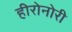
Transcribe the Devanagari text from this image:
हीरोनोरी